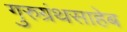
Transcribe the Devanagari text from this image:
गुरुग्रंथसाहेब